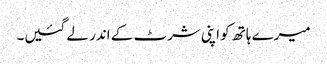
میرے ہاتھ کو اپنی شرٹ کے اندر لے گئیں۔